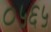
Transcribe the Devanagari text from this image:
०५६५